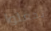
تجعلوا